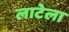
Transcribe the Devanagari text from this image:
लाटेला